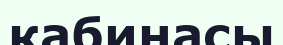
кабинасы